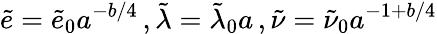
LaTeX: \tilde{e}=\tilde{e}_{0}a^{-b/4}\, ,\tilde{\lambda}=\tilde{\lambda}_{0}a\, ,\tilde{\nu}=\tilde{\nu}_{0}a^{-1+b/4}